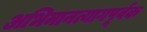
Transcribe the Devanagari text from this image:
अभिमानत्यागपूर्वक